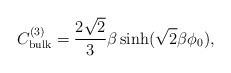
\begin{align*}C_{\rm bulk}^{(3)}=\frac{2\sqrt{2}}{3}\beta\sinh(\sqrt{2}\beta \phi_{0}),\end{align*}